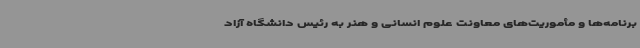
برنامه‌ها و مأموریت‌های معاونت علوم انسانی و هنر به رئیس دانشگاه آزاد